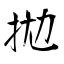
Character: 拋